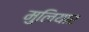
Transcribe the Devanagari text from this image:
मुलियार